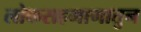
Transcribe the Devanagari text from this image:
लोकसहभागातुन